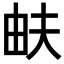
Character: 𤱁